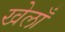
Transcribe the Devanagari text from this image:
खेलाँ